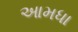
આમધા